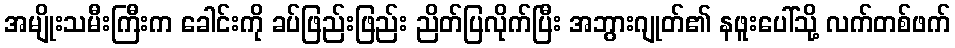
အမျိုးသမီးကြီးက ခေါင်းကို ခပ်ဖြည်းဖြည်း ညိတ်ပြလိုက်ပြီး အဘွားဂျုတ်၏ နဖူးပေါ်သို့ လက်တစ်ဖက်